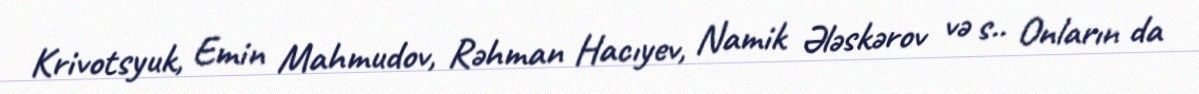
Krivotsyuk, Emin Mahmudov, Rəhman Hacıyev, Namik Ələskərov və s.. Onların da